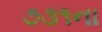
૭૩૧ના